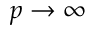
p \to \infty